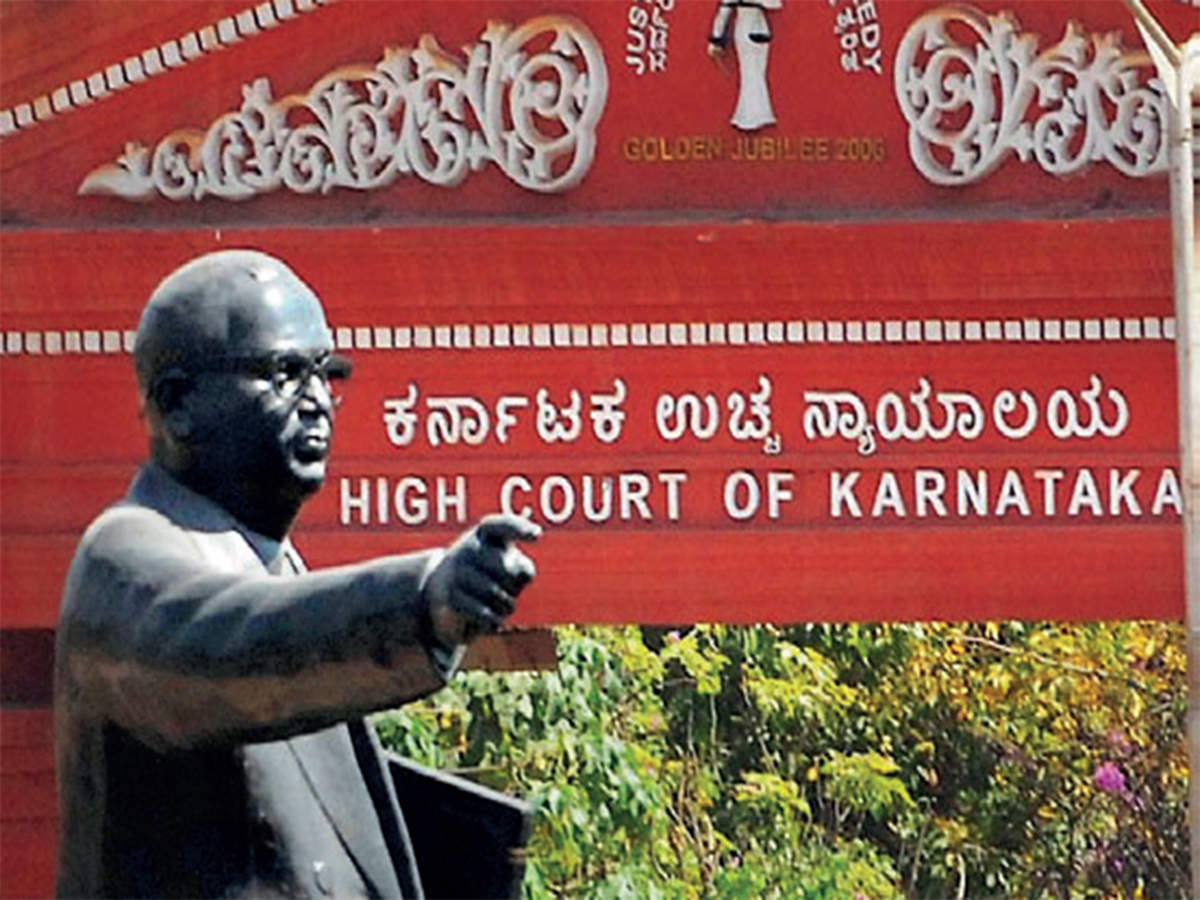
Language: kannada
Transcription: ಕರ್ನಾಟಕ ಉಚ್ಚ ನ್ಯಾಯಾಲಯ